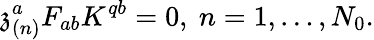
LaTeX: \mathfrak{z}_{\left(n\right)}^{a}F_{ab}K^{qb}=0,\ n=1,\ldots,N_{0}.